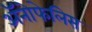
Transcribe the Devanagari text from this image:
अॅनोफेलिस